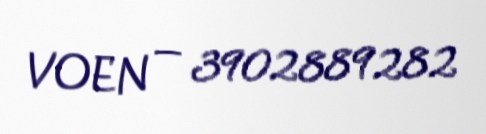
VOEN — 3902889282